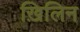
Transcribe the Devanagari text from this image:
ख़िलिन